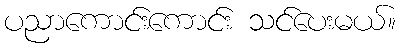
ပညာကောင်းကောင်း သင်ပေးမယ်။